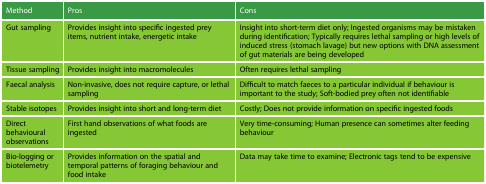
<table><thead><tr><td><b>Method</b></td><td><b>Pros</b></td><td><b>Cons</b></td></tr></thead><tbody><tr><td>Gut sampling</td><td>Provides insight into specific ingested prey items, nutrient intake, energetic intake</td><td>Insight into short-term diet only; Ingested organisms may be mistaken during identification; Typically requires lethal sampling or high levels of induced stress (stomach lavage) but new options with DNA assessment of gut materials are being developed</td></tr><tr><td>Tissue sampling</td><td>Provides insight into macromolecules</td><td>Often requires lethal sampling</td></tr><tr><td>Faecal analysis</td><td>Non-invasive, does not require capture, or lethal sampling</td><td>Difficult to match faeces to a particular individual if behaviour is important to the study; Soft-bodied prey often not identifiable</td></tr><tr><td>Stable isotopes</td><td>Provides insight into short and long-term diet</td><td>Costly; Does not provide information on specific ingested foods</td></tr><tr><td>Direct behavioural observations</td><td>First hand observations of what foods are ingested</td><td>Very time-consuming; Human presence can sometimes alter feeding behaviour</td></tr><tr><td>Bio-logging or biotelemetry</td><td>Provides information on the spatial and temporal patterns of foraging behaviour and food intake</td><td>Data may take time to examine; Electronic tags tend to be expensive</td></tr></tbody></table>